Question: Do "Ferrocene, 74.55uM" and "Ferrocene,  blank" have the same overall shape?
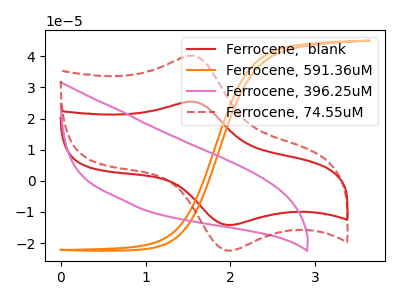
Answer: <think>The red curve "Ferrocene,  blank" has an anodic peak at (1.55V, 25.45uA) and a cathodic peak at (2.00V, -14.20uA). The orange curve "Ferrocene, 591.36uM" has no peaks. The pink curve "Ferrocene, 396.25uM" has no peaks. The red dashed curve "Ferrocene, 74.55uM" has an anodic peak at (1.55V, 40.20uA) and a cathodic peak at (2.00V, -22.45uA).
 All the peaks in "Ferrocene, 74.55uM" have a peak in "Ferrocene,  blank" at the same potential. Every peak in "Ferrocene, 74.55uM" is higher than every peak in "Ferrocene,  blank".</think>
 <answer>"Ferrocene, 74.55uM" and "Ferrocene,  blank" are similar in shape.</answer>
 <eval>same_shape</eval>